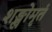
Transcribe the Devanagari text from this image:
शङ्खोमृतं